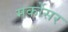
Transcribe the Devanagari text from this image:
मर्कोसर